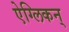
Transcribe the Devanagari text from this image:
ऐग्लिकन्